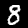
Label: 8